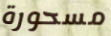
مسحورة